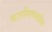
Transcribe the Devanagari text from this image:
कारगिलमधील